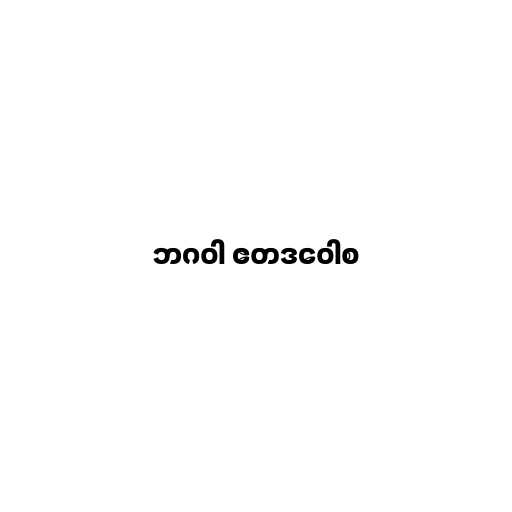
ဘဂဝါ ဧတဒဝေါစ